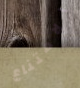
الامتناع